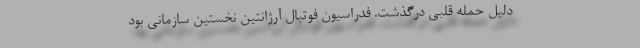
دلیل حمله قلبی درگذشت. فدراسیون فوتبال آرژانتین نخستین سازمانی بود